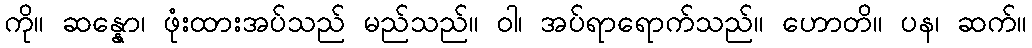
ကို။ ဆန္နော၊ ဖုံးထားအပ်သည် မည်သည်။ ဝါ၊ အပ်ရာရောက်သည်။ ဟောတိ။ ပန၊ ဆက်။